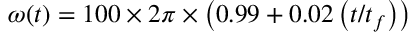
\omega ( t ) = 1 0 0 \times 2 \pi \times \left( 0 . 9 9 + 0 . 0 2 \left( t / t _ { f } \right) \right)